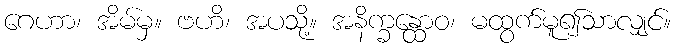
ဂေဟာ၊ အိမ်မှ။ ဗဟိ၊ အပသို့။ အနိက္ခန္ထောဝ၊ မထွက်မူ၍သာလျှင်။